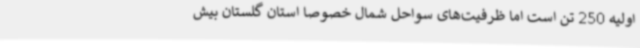
اولیه 250 تن است اما ظرفیت‌های سواحل شمال خصوصاً استان گلستان بیش